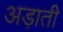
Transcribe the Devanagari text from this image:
अड़ाती